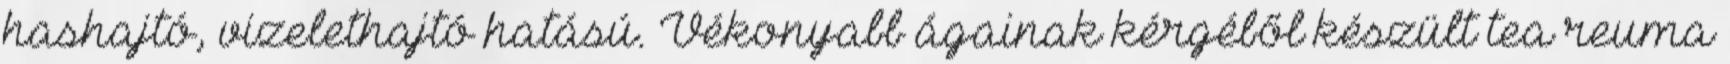
hashajtó, vizelethajtó hatású. Vékonyabb ágainak kérgéből készült tea reuma